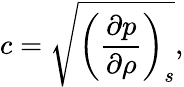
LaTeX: c={\sqrt{\left({\frac{\partial p}{\partial\rho}}\right)_{s}}},